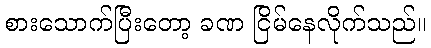
စားသောက်ပြီးတော့ ခဏ ငြိမ်နေလိုက်သည်။